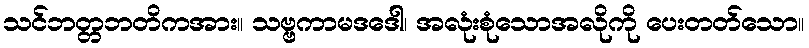
သင်ဘတ္တဘတိကအား။ သဗ္ဗကာမဒဒေါ၊ အလုံးစုံသောအလိုကို ပေးတတ်သော။